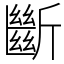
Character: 斷